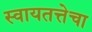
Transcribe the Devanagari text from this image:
स्वायतत्तेचा